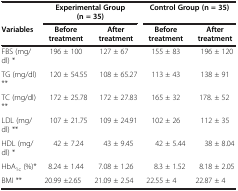
<table><thead><tr><td><b> </b></td><td colspan="2"><b>Experimental Group (n = 35)</b></td><td colspan="2"><b>Control Group (n = 35)</b></td></tr><tr><td><b>Variables</b></td><td><b>Before treatment</b></td><td><b>After treatment</b></td><td><b>Before treatment</b></td><td><b>After treatment</b></td></tr></thead><tbody><tr><td>FBS (mg/dl) *</td><td>196 ± 100</td><td>127 ± 67</td><td>155 ± 83</td><td>196 ± 120</td></tr><tr><td>TG (mg/dl) **</td><td>120 ± 54.55</td><td>108 ± 65.27</td><td>113 ± 43</td><td>138 ± 91</td></tr><tr><td>TC (mg/dl) **</td><td>172 ± 25.78</td><td>172 ± 27.83</td><td>165 ± 32</td><td>178. ± 52</td></tr><tr><td>LDL (mg/dl) **</td><td>107 ± 21.75</td><td>109 ± 24.91</td><td>102 ± 26</td><td>112 ± 35</td></tr><tr><td>HDL (mg/dl) *</td><td>42 ± 7.24</td><td>43 ± 9.45</td><td>42 ± 5.44</td><td>38 ± 8.04</td></tr><tr><td>HbA<sub>1c</sub> (%)*</td><td>8.24 ± 1.44</td><td>7.08 ± 1.26</td><td>8.3 ± 1.52</td><td>8.18 ± 2.05</td></tr><tr><td>BMI **</td><td>20.99 ±2.65</td><td>21.09 ± 2.54</td><td>22.55 ± 4</td><td>22.87 ± 4</td></tr></tbody></table>